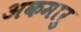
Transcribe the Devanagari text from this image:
अकमारु